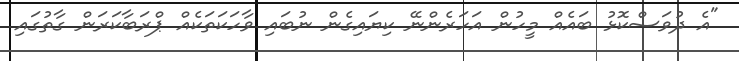
"އެ ދުވަސްކޮޅު ބައެއް މީހުން އަހަރެންނޭ ކިޔައިގެން ނުބައި ވާހަކަތަކެއް ޕްރަބާކަރަން ގާތުގައި